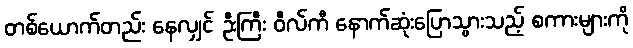
တစ်ယောက်တည်း နေလျှင် ဦးကြီး ဝီလ်ကီ နောက်ဆုံးပြောသွားသည့် စကားများကို